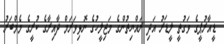
ޑީއާރުޕީގެ ވަގުތީ ލީޑަރު އަދި ރައްޔިތުންގެ މަޖިލީހުގެ ނޮޅިވަރަމް ދާއިރާގެ ކުރީގެ މެމްބަރު